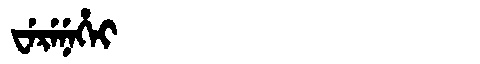
Manchu: ᠸᡝᡵᡝᠨᡝᡥᡝᡳ
Romanization: WERENEHEI